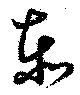
泰